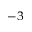
^ { - 3 }